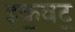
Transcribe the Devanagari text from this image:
इक॒वट॒